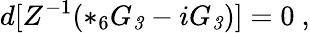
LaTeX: d[Z^{-1}(*_{6}G_{\mathit 3}-iG_{\mathit 3})]=0\ ,